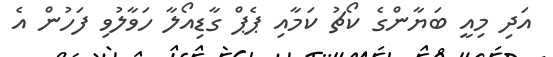
އަދި މިއީ ބަޔާންގެ ކޯޗު ކަމާއި ޕެޕް ގާޑިއޯލާ ހަވާލުވި ފަހުން އެ